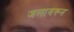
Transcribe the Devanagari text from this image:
जलावरून